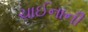
ચાઈનાની